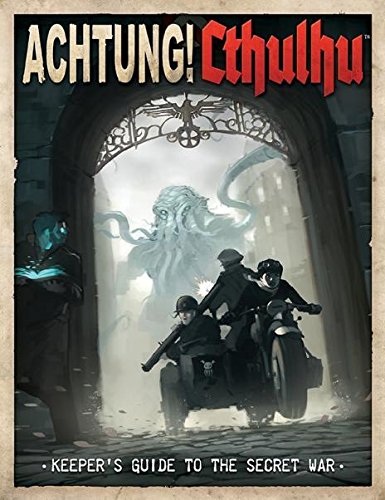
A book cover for Achtung! Cthulhu Keeper's Guide to the Secret War; Lynne Hardy; Science Fiction & Fantasy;